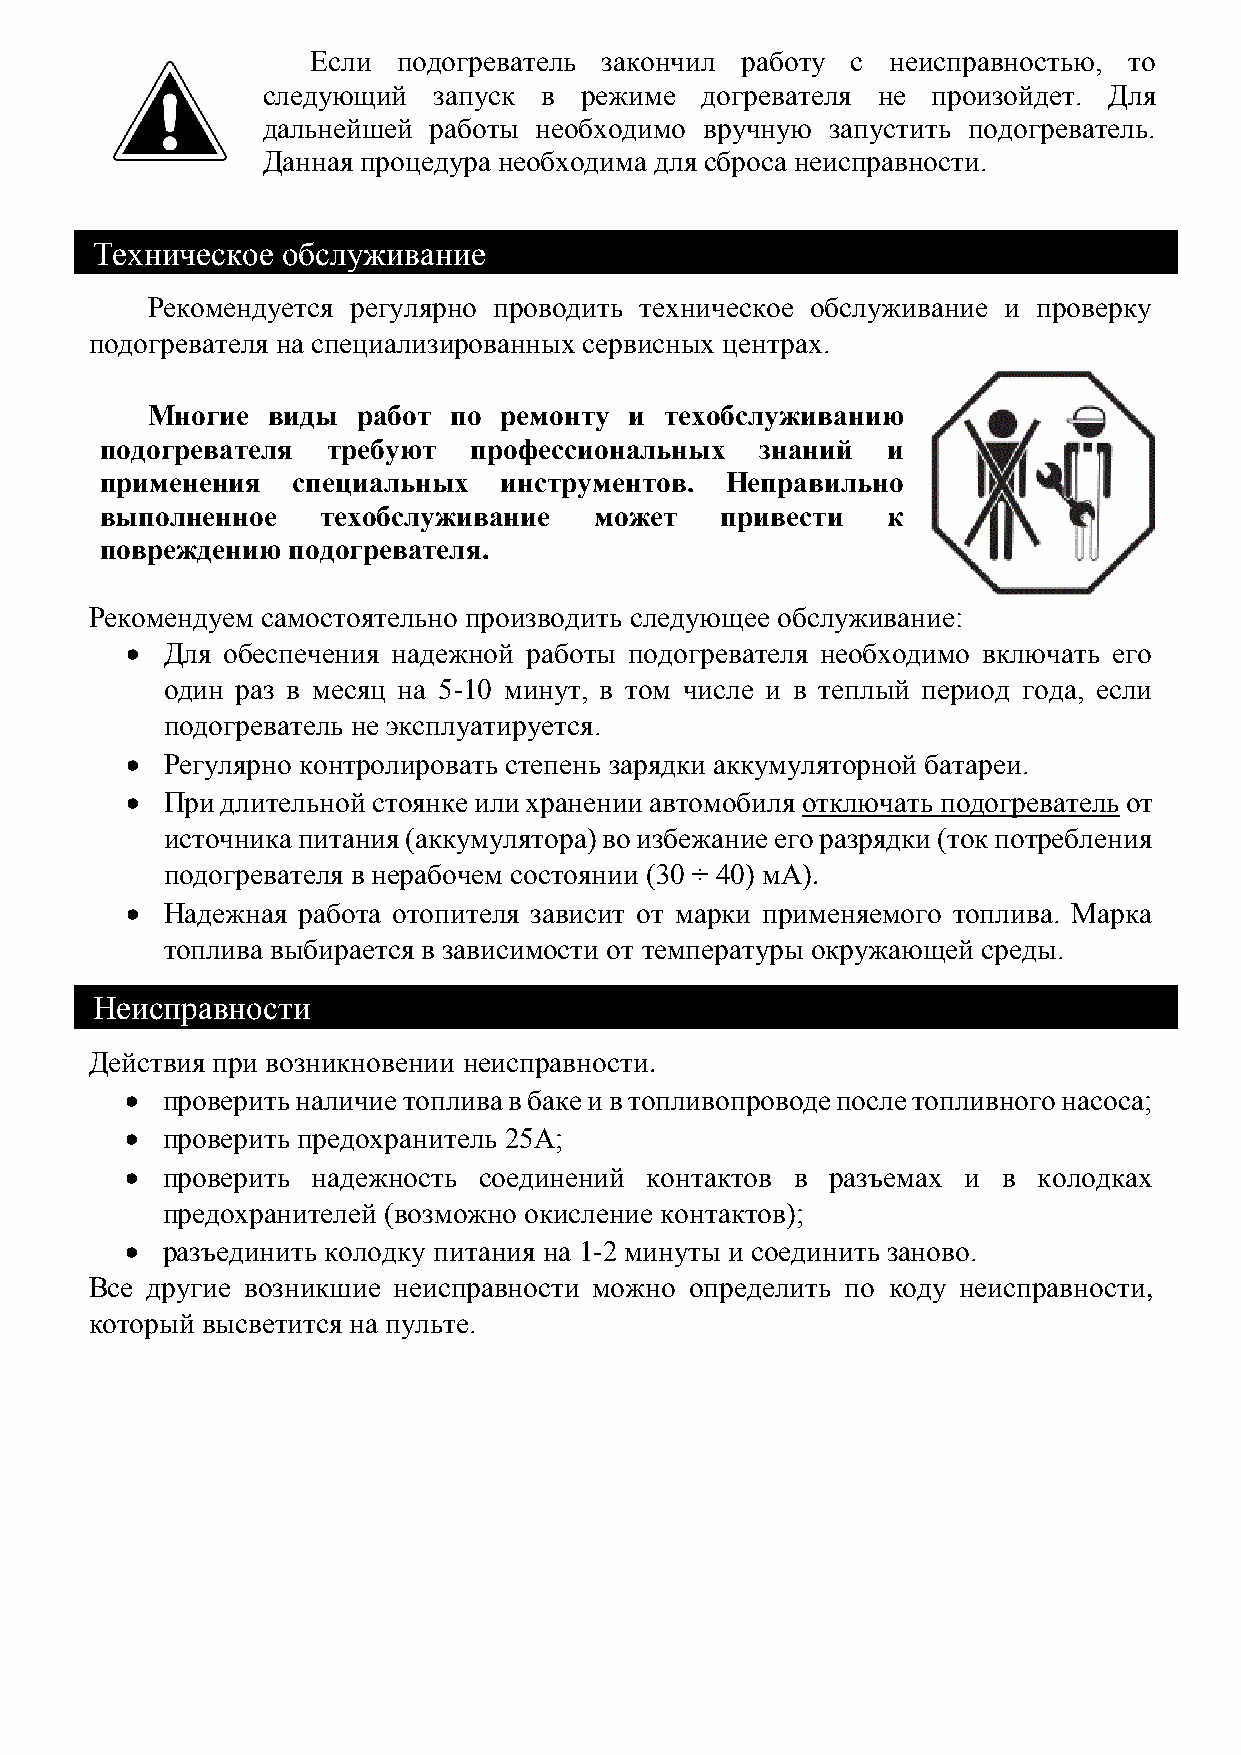
Если подогреватель закончил работу с  неисправностью, то
 следующий   запуск в режиме  догревателя не  произойдет. Для
 дальнейшей работы необходимо  вручную запустить подогреватель.
 Данная процедура необходима для сброса неисправности.
 Техническое  обслуживание                                              .
 Рекомендуется регулярно проводить техническое обслуживание и проверку
 подогревателя на специализированных сервисных центрах.
 Многие  виды  работ по ремонту  и техобслуживанию
 подогревателя  требуют  профессиональных   знаний   и
 применения  специальных   инструментов.  Неправильно
 выполненное   техобслуживание   может    привести   к
 повреждению подогревателя.
 Рекомендуем самостоятельно производить следующее обслуживание:
   Для обеспечения надежной работы подогревателя необходимо включать его
 один раз в месяц на 5-10 минут, в том числе и в теплый период года, если
 подогреватель не эксплуатируется.
   Регулярно контролировать степень зарядки аккумуляторной батареи.
   При длительной стоянке или хранении автомобиля отключать подогреватель от
 источника питания (аккумулятора) во избежание его разрядки (ток потребления
 подогревателя в нерабочем состоянии (30 ÷ 40) мА).
   Надежная работа отопителя зависит от марки применяемого топлива. Марка
 топлива выбирается в зависимости от температуры окружающей среды.
 Неисправности                                                          .
 Действия при возникновении неисправности.
   проверить наличие топлива в баке и в топливопроводе после топливного насоса;
   проверить предохранитель 25А;
   проверить надежность соединений контактов в разъемах и в  колодках
 предохранителей (возможно окисление контактов);
   разъединить колодку питания на 1-2 минуты и соединить заново.
 Все другие возникшие неисправности можно определить по коду неисправности,
 который высветится на пульте.